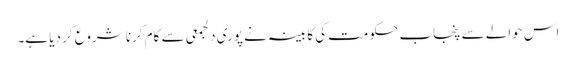
اس حوالے سے پنجاب حکومت کی کابینہ نے پوری دلجمعی سے کام کرنا شروع کر دیا ہے۔